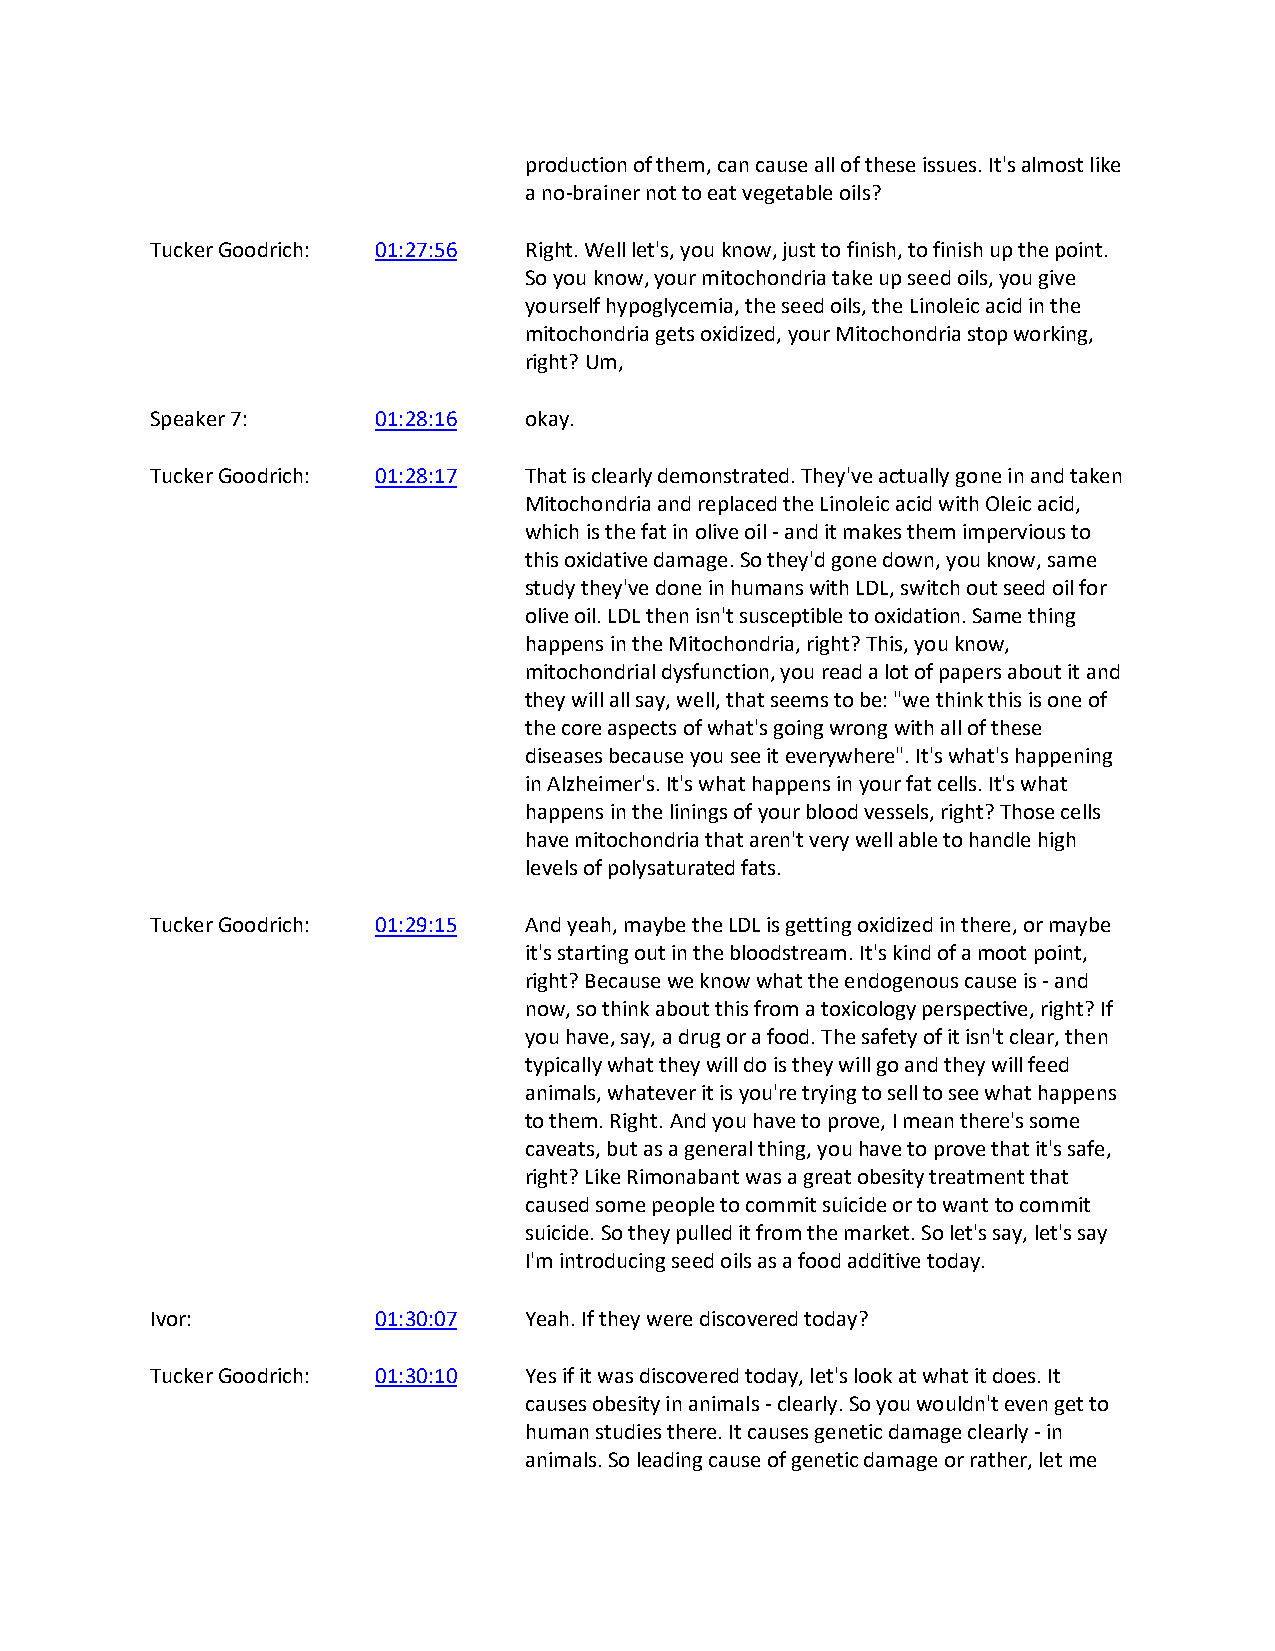
production of them, can cause all of these issues. It's almost like
 a no-brainer not to eat vegetable oils?
 Tucker Goodrich: 01:27:56 Right. Well let's, you know, just to finish, to finish up the point.
 So you know, your mitochondria take up seed oils, you give
 yourself hypoglycemia, the seed oils, the Linoleic acid in the
 mitochondria gets oxidized, your Mitochondria stop working,
 right? Um,
 Speaker 7:     01:28:16  okay.
 Tucker Goodrich: 01:28:17 That is clearly demonstrated. They've actually gone in and taken
 Mitochondria and replaced the Linoleic acid with Oleic acid,
 which is the fat in olive oil - and it makes them impervious to
 this oxidative damage. So they'd gone down, you know, same
 study they've done in humans with LDL, switch out seed oil for
 olive oil. LDL then isn't susceptible to oxidation. Same thing
 happens in the Mitochondria, right? This, you know,
 mitochondrial dysfunction, you read a lot of papers about it and
 they will all say, well, that seems to be: "we think this is one of
 the core aspects of what's going wrong with all of these
 diseases because you see it everywhere". It's what's happening
 in Alzheimer's. It's what happens in your fat cells. It's what
 happens in the linings of your blood vessels, right? Those cells
 have mitochondria that aren't very well able to handle high
 levels of polysaturated fats.
 Tucker Goodrich: 01:29:15 And yeah, maybe the LDL is getting oxidized in there, or maybe
 it's starting out in the bloodstream. It's kind of a moot point,
 right? Because we know what the endogenous cause is - and
 now, so think about this from a toxicology perspective, right? If
 you have, say, a drug or a food. The safety of it isn't clear, then
 typically what they will do is they will go and they will feed
 animals, whatever it is you're trying to sell to see what happens
 to them. Right. And you have to prove, I mean there's some
 caveats, but as a general thing, you have to prove that it's safe,
 right? Like Rimonabant was a great obesity treatment that
 caused some people to commit suicide or to want to commit
 suicide. So they pulled it from the market. So let's say, let's say
 I'm introducing seed oils as a food additive today.
 Ivor:          01:30:07  Yeah. If they were discovered today?
 Tucker Goodrich: 01:30:10 Yes if it was discovered today, let's look at what it does. It
 causes obesity in animals - clearly. So you wouldn't even get to
 human studies there. It causes genetic damage clearly - in
 animals. So leading cause of genetic damage or rather, let me